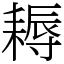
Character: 耨